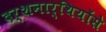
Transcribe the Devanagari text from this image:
दर्शनार्थियोंसे